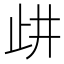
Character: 𣥞